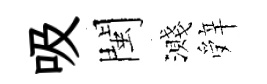
吸閩濺辤